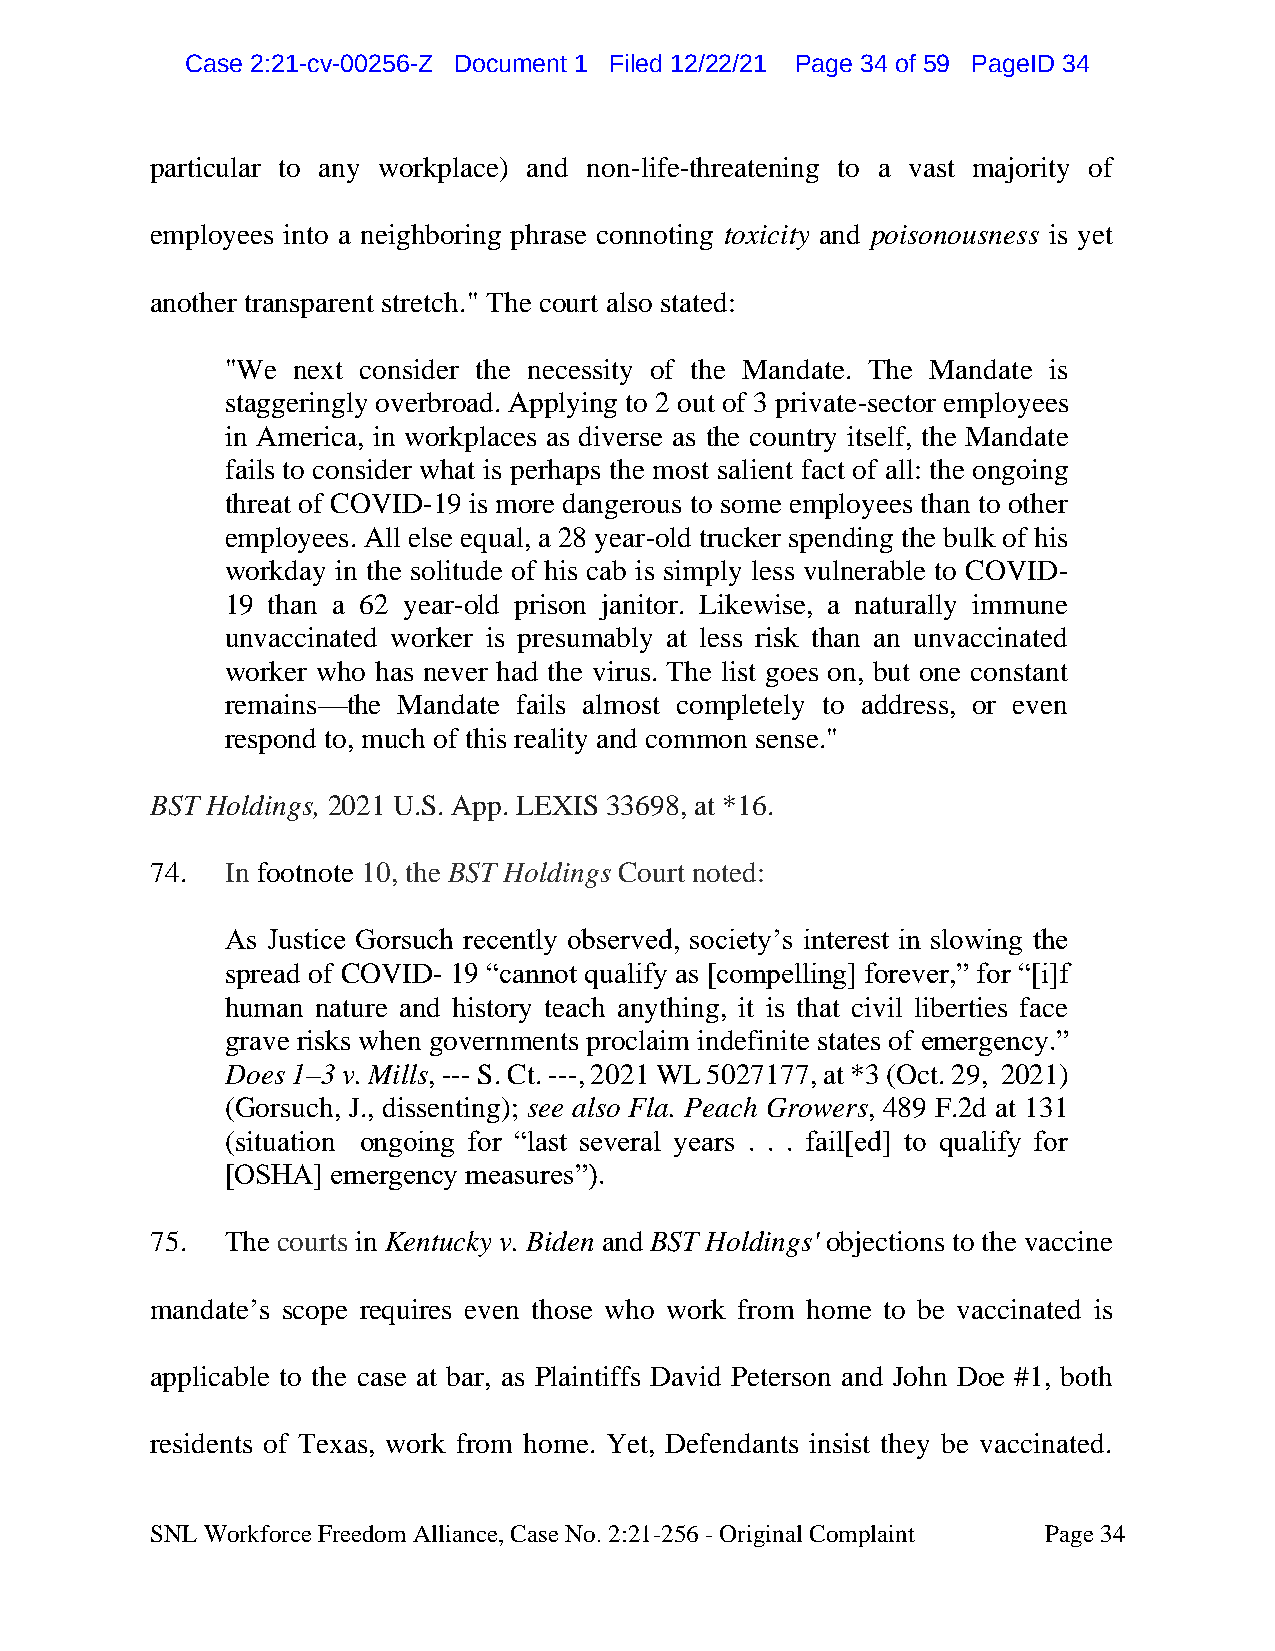
CCaassee 22::2211--ccvv--0000225566--ZZ DDooccuummeenntt 11 FFiilleedd 1122//2222//2211 PPaaggee 3344 ooff 5599 PPaaggeeIIDD 3344
 particular to any workplace) and non-life-threatening to a vast majority of
 employees into a neighboring phrase connoting toxicity and poisonousness is yet
 another transparent stretch." The court also stated:
 "We next consider the necessity of the Mandate. The Mandate is
 staggeringly overbroad. Applying to 2 out of 3 private-sector employees
 in America, in workplaces as diverse as the country itself, the Mandate
 fails to consider what is perhaps the most salient fact of all: the ongoing
 threat of COVID-19 is more dangerous to some employees than to other
 employees. All else equal, a 28 year-old trucker spending the bulk of his
 workday in the solitude of his cab is simply less vulnerable to COVID-
 19 than a 62 year-old prison janitor. Likewise, a naturally immune
 unvaccinated worker is presumably at less risk than an unvaccinated
 worker who has never had the virus. The list goes on, but one constant
 remains—the Mandate fails almost completely to address, or even
 respond to, much of this reality and common sense."
 BST Holdings, 2021 U.S. App. LEXIS 33698, at *16.
 74.  In footnote 10, the BST Holdings Court noted:
 As Justice Gorsuch recently observed, society’s interest in slowing the
 spread of COVID- 19 “cannot qualify as [compelling] forever,” for “[i]f
 human nature and history teach anything, it is that civil liberties face
 grave risks when governments proclaim indefinite states of emergency.”
 Does 1–3 v. Mills, --- S. Ct. ---, 2021 WL 5027177, at *3 (Oct. 29, 2021)
 (Gorsuch, J., dissenting); see also Fla. Peach Growers, 489 F.2d at 131
 (situation ongoing for “last several years . . . fail[ed] to qualify for
 [OSHA] emergency measures”).
 75.  The courts in Kentucky v. Biden and BST Holdings' objections to the vaccine
 mandate’s scope requires even those who work from home to be vaccinated is
 applicable to the case at bar, as Plaintiffs David Peterson and John Doe #1, both
 residents of Texas, work from home. Yet, Defendants insist they be vaccinated.
 SNL Workforce Freedom Alliance, Case No. 2:21-256 - Original Complaint Page 34